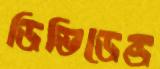
ডিভিডেন্ড